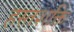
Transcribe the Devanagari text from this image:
हस्तशक्ति